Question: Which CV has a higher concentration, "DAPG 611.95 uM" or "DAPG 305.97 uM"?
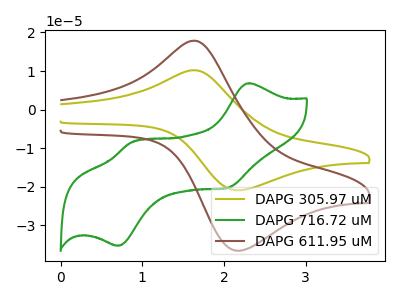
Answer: <think>The olive curve "DAPG 305.97 uM" has an anodic peak at (1.65V, 10.20uA) and a cathodic peak at (2.20V, -20.95uA). The green curve "DAPG 716.72 uM" has anodic peaks at (2.30V, 6.85uA) (0.85V, -8.55uA) and cathodic peaks at (2.05V, -20.30uA) (0.70V, -35.30uA). The brown curve "DAPG 611.95 uM" has an anodic peak at (1.65V, 17.90uA) and a cathodic peak at (2.20V, -36.60uA).
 All the peaks in "DAPG 611.95 uM" have a peak in "DAPG 305.97 uM" at the same potential. Every peak in "DAPG 611.95 uM" is higher than every peak in "DAPG 305.97 uM".</think>
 <answer>"DAPG 611.95 uM" has more signal than "DAPG 305.97 uM" and so likely has a higher concentration.</answer>
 <eval>more_concentration</eval>